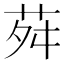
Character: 荈